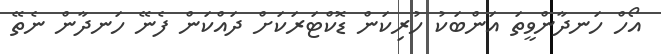
އޯހް ހަނދާންވީތަ އަންބަކު ހުރިކަން ޑޮކްޓަރަކަށް ދައްކަން ފެނޭ ހަނދާން ނެތޭ